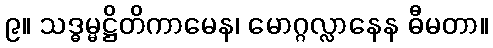
၉။ သဒ္ဓမ္မဋ္ဌိတိကာမေန၊ မောဂ္ဂလ္လာနေန ဓီမတာ။